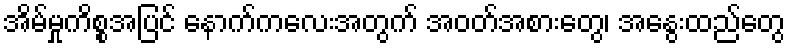
အိမ်မှုကိစ္စအပြင် နောက်ကလေးအတွက် အဝတ်အစားတွေ၊ အနွေးထည်တွေ